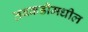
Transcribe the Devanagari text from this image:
तबकडीमधील